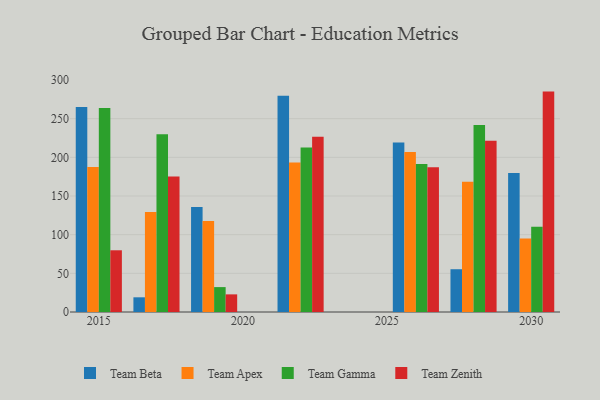
{"axis": {"x": "Year", "y": "Temperature (°C)"}, "legend": ["Team Apex", "Team Beta", "Team Gamma", "Team Zenith"], "data": [{"x": "2030", "y": 179.8, "type": "Team Beta"}, {"x": "2030", "y": 95.1, "type": "Team Apex"}, {"x": "2030", "y": 110.1, "type": "Team Gamma"}, {"x": "2030", "y": 285.0, "type": "Team Zenith"}, {"x": "2015", "y": 265.1, "type": "Team Beta"}, {"x": "2015", "y": 187.5, "type": "Team Apex"}, {"x": "2015", "y": 263.7, "type": "Team Gamma"}, {"x": "2015", "y": 79.8, "type": "Team Zenith"}, {"x": "2022", "y": 279.6, "type": "Team Beta"}, {"x": "2022", "y": 193.4, "type": "Team Apex"}, {"x": "2022", "y": 212.7, "type": "Team Gamma"}, {"x": "2022", "y": 226.5, "type": "Team Zenith"}, {"x": "2028", "y": 55.3, "type": "Team Beta"}, {"x": "2028", "y": 168.3, "type": "Team Apex"}, {"x": "2028", "y": 241.9, "type": "Team Gamma"}, {"x": "2028", "y": 221.6, "type": "Team Zenith"}, {"x": "2026", "y": 219.2, "type": "Team Beta"}, {"x": "2026", "y": 206.8, "type": "Team Apex"}, {"x": "2026", "y": 191.4, "type": "Team Gamma"}, {"x": "2026", "y": 187.1, "type": "Team Zenith"}, {"x": "2019", "y": 135.8, "type": "Team Beta"}, {"x": "2019", "y": 117.8, "type": "Team Apex"}, {"x": "2019", "y": 32.2, "type": "Team Gamma"}, {"x": "2019", "y": 22.8, "type": "Team Zenith"}, {"x": "2017", "y": 19.0, "type": "Team Beta"}, {"x": "2017", "y": 129.2, "type": "Team Apex"}, {"x": "2017", "y": 229.8, "type": "Team Gamma"}, {"x": "2017", "y": 175.1, "type": "Team Zenith"}]}